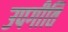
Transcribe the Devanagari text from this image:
उपगीतिं